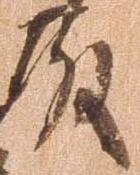
殿